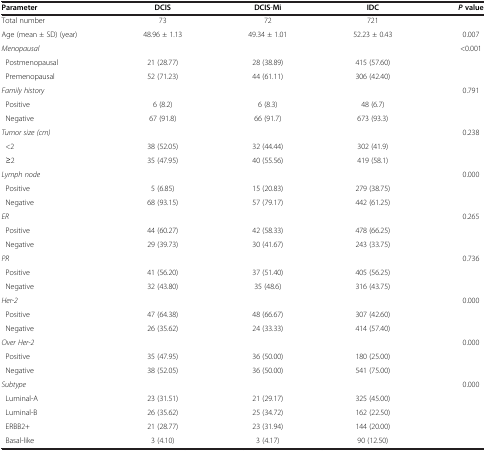
<table><thead><tr><td><b>Parameter</b></td><td><b>DCIS</b></td><td><b>DCIS-Mi</b></td><td><b>IDC</b></td><td><b><i>P </i>value</b></td></tr></thead><tbody><tr><td>Total number</td><td>73</td><td>72</td><td>721</td><td> </td></tr><tr><td>Age (mean ± SD) (year)</td><td>48.96 ± 1.13</td><td>49.34 ± 1.01</td><td>52.23 ± 0.43</td><td>0.007</td></tr><tr><td><i>Menopausal</i></td><td> </td><td> </td><td> </td><td>&lt;0.001</td></tr><tr><td> Postmenopausal</td><td>21 (28.77)</td><td>28 (38.89)</td><td>415 (57.60)</td><td> </td></tr><tr><td> Premenopausal</td><td>52 (71.23)</td><td>44 (61.11)</td><td>306 (42.40)</td><td> </td></tr><tr><td><i>Family history</i></td><td> </td><td> </td><td> </td><td>0.791</td></tr><tr><td> Positive</td><td>6 (8.2)</td><td>6 (8.3)</td><td>48 (6.7)</td><td> </td></tr><tr><td> Negative</td><td>67 (91.8)</td><td>66 (91.7)</td><td>673 (93.3)</td><td> </td></tr><tr><td><i>Tumor size (cm)</i></td><td> </td><td> </td><td> </td><td>0.238</td></tr><tr><td> &lt;2</td><td>38 (52.05)</td><td>32 (44.44)</td><td>302 (41.9)</td><td> </td></tr><tr><td> ≥2</td><td>35 (47.95)</td><td>40 (55.56)</td><td>419 (58.1)</td><td> </td></tr><tr><td><i>Lymph node</i></td><td> </td><td> </td><td> </td><td>0.000</td></tr><tr><td> Positive</td><td>5 (6.85)</td><td>15 (20.83)</td><td>279 (38.75)</td><td> </td></tr><tr><td> Negative</td><td>68 (93.15)</td><td>57 (79.17)</td><td>442 (61.25)</td><td> </td></tr><tr><td><i>ER</i></td><td> </td><td> </td><td> </td><td>0.265</td></tr><tr><td> Positive</td><td>44 (60.27)</td><td>42 (58.33)</td><td>478 (66.25)</td><td> </td></tr><tr><td> Negative</td><td>29 (39.73)</td><td>30 (41.67)</td><td>243 (33.75)</td><td> </td></tr><tr><td><i>PR</i></td><td> </td><td> </td><td> </td><td>0.736</td></tr><tr><td> Positive</td><td>41 (56.20)</td><td>37 (51.40)</td><td>405 (56.25)</td><td> </td></tr><tr><td> Negative</td><td>32 (43.80)</td><td>35 (48.6)</td><td>316 (43.75)</td><td> </td></tr><tr><td><i>Her-2</i></td><td> </td><td> </td><td> </td><td>0.000</td></tr><tr><td> Positive</td><td>47 (64.38)</td><td>48 (66.67)</td><td>307 (42.60)</td><td> </td></tr><tr><td> Negative</td><td>26 (35.62)</td><td>24 (33.33)</td><td>414 (57.40)</td><td> </td></tr><tr><td><i>Over Her-2</i></td><td> </td><td> </td><td> </td><td>0.000</td></tr><tr><td> Positive</td><td>35 (47.95)</td><td>36 (50.00)</td><td>180 (25.00)</td><td> </td></tr><tr><td> Negative</td><td>38 (52.05)</td><td>36 (50.00)</td><td>541 (75.00)</td><td> </td></tr><tr><td><i>Subtype</i></td><td> </td><td> </td><td> </td><td>0.000</td></tr><tr><td> Luminal-A</td><td>23 (31.51)</td><td>21 (29.17)</td><td>325 (45.00)</td><td> </td></tr><tr><td> Luminal-B</td><td>26 (35.62)</td><td>25 (34.72)</td><td>162 (22.50)</td><td> </td></tr><tr><td> ERBB2+</td><td>21 (28.77)</td><td>23 (31.94)</td><td>144 (20.00)</td><td> </td></tr><tr><td> Basal-like</td><td>3 (4.10)</td><td>3 (4.17)</td><td>90 (12.50)</td><td> </td></tr></tbody></table>